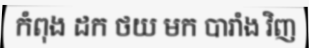
កំពុង ដក ថយ មក បារាំង វិញ